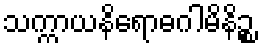
သက္ကာယနိရောဓဂါမိနိဉ္စ